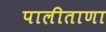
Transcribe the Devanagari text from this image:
पालीताणा